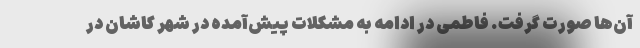
آن‌ها صورت گرفت. فاطمی در ادامه به مشکلات پیش‌آمده در شهر کاشان در